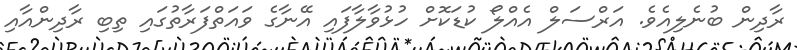
ރާދިން ބުނެލިއެވެ. އަރްސަލް އެއްލޯ ކުޑަކޮށް ހުޅުވާލާފައި އޭނާގެ ވައަތްފަރާތުގައި ތިބި ރާދިންއާއި